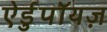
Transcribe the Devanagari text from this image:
ऐर्डुपॉयज़